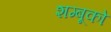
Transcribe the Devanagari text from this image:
शम्बूको